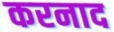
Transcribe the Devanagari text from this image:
करनाद